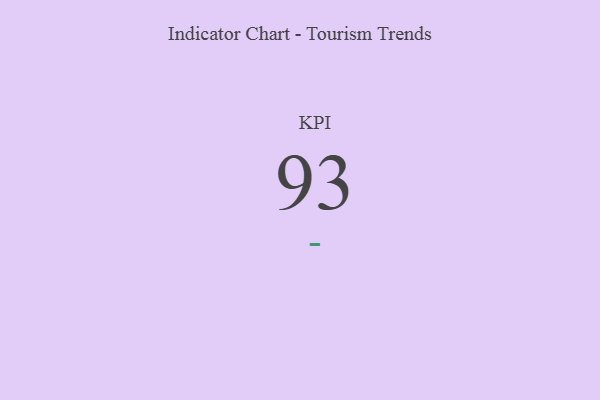
{"axis": {"x": "KPI", "y": "Value"}, "legend": [""], "data": [{"x": "KPI", "y": 93, "type": ""}]}